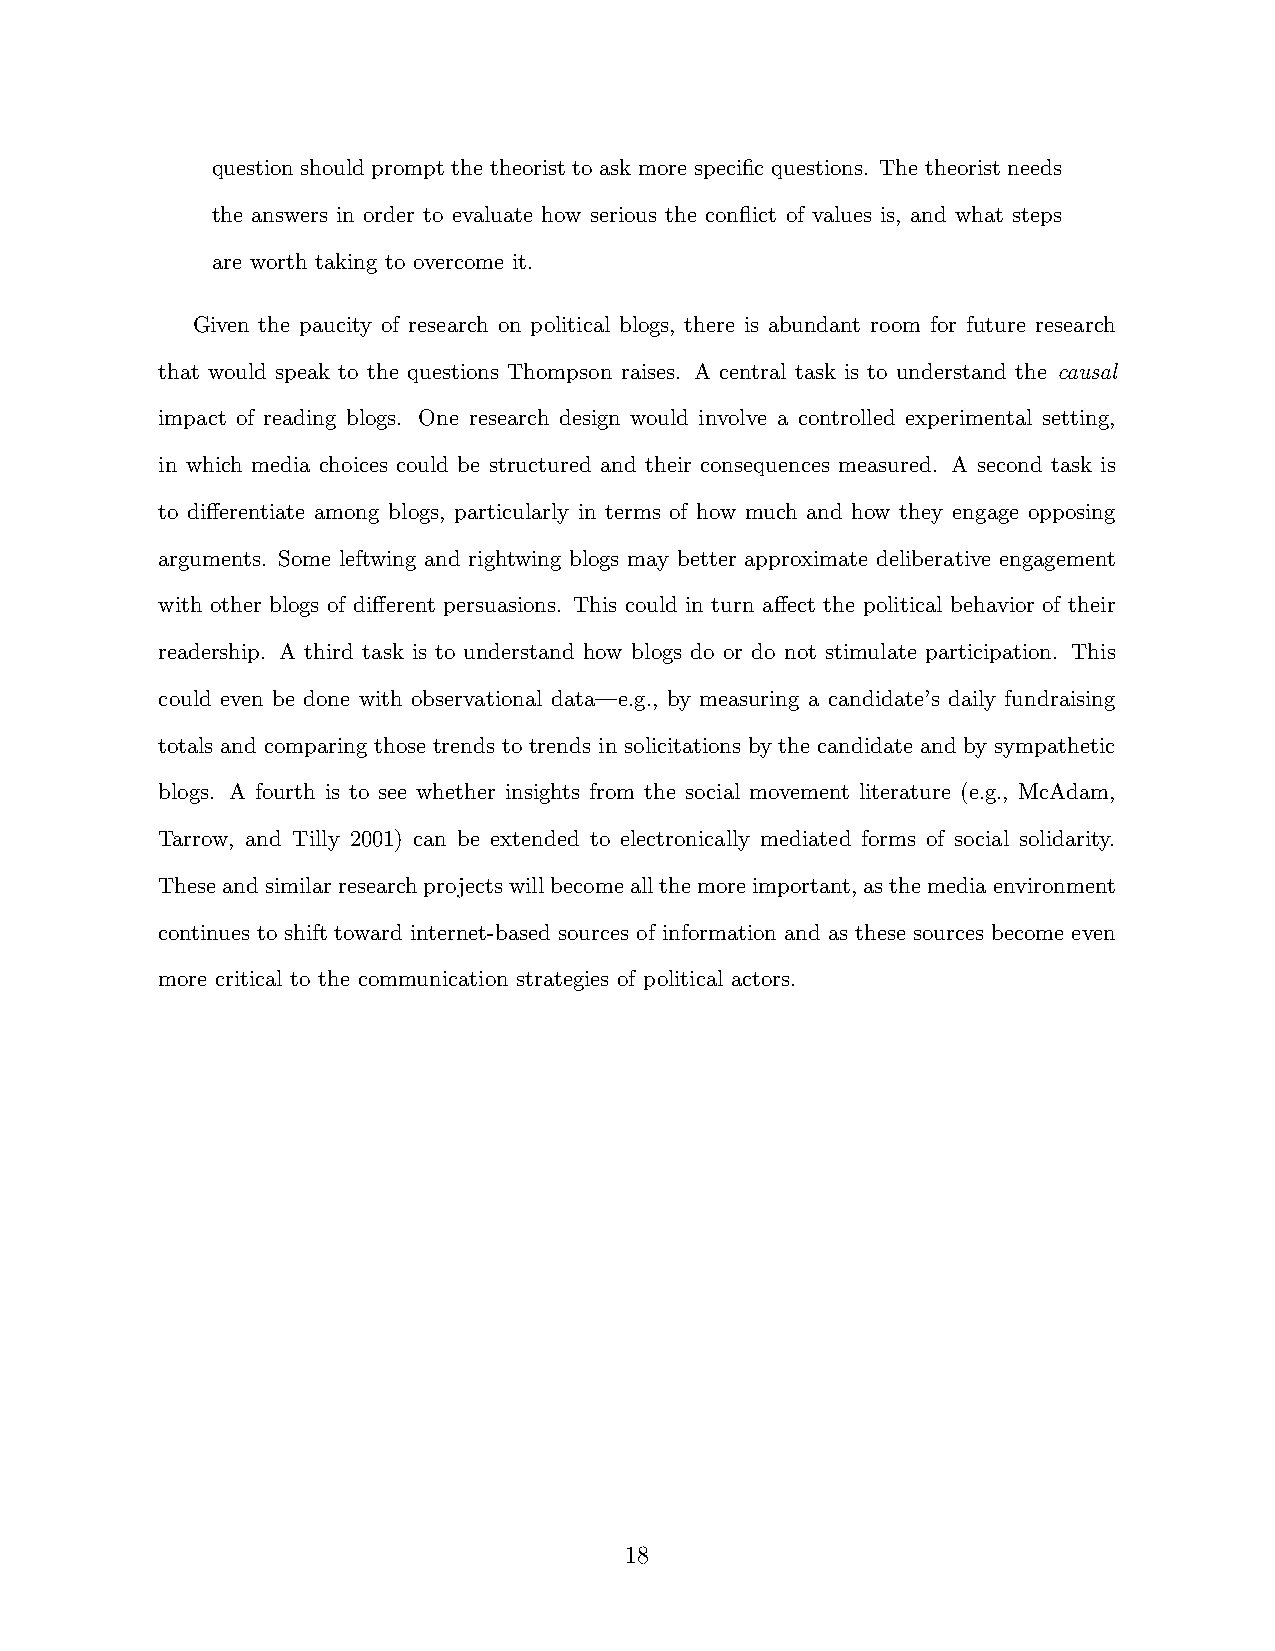
question should prompt the theorist to ask more specific questions. The theorist needs
 the answers in order to evaluate how serious the conflict of values is, and what steps
 are worth taking to overcome it.
 Given the paucity of research on political blogs, there is abundant room for future research
 that would speak to the questions Thompson raises. A central task is to understand the causal
 impact of reading blogs. One research design would involve a controlled experimental setting,
 in which media choices could be structured and their consequences measured. A second task is
 to differentiate among blogs, particularly in terms of how much and how they engage opposing
 arguments. Some leftwing and rightwing blogs may better approximate deliberative engagement
 with other blogs of different persuasions. This could in turn affect the political behavior of their
 readership. A third task is to understand how blogs do or do not stimulate participation. This
 could even be done with observational data—e.g., by measuring a candidate’s daily fundraising
 totals and comparing those trends to trends in solicitations by the candidate and by sympathetic
 blogs. A fourth is to see whether insights from the social movement literature (e.g., McAdam,
 Tarrow, and Tilly 2001) can be extended to electronically mediated forms of social solidarity.
 Theseandsimilarresearchprojectswillbecomeallthemoreimportant,asthemediaenvironment
 continues to shift toward internet-based sources of information and as these sources become even
 more critical to the communication strategies of political actors.
 18